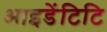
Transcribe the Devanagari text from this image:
आइडेंटिटि